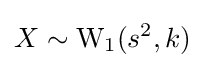
X\sim {\text{W}}_{1}(s^{2},k)